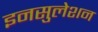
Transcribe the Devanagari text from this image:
इनसुलेशन